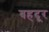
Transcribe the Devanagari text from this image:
बहदूर